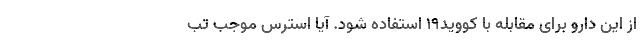
از این دارو برای مقابله با کووید۱۹ استفاده شود. آیا استرس موجب تب